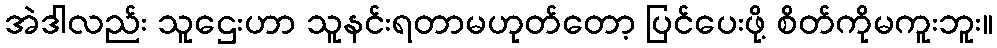
အဲဒါလည်း သူဌေးဟာ သူနင်းရတာမဟုတ်တော့ ပြင်ပေးဖို့ စိတ်ကိုမကူးဘူး။